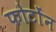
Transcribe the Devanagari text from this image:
फोटोंन